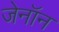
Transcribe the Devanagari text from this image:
जेनॉन